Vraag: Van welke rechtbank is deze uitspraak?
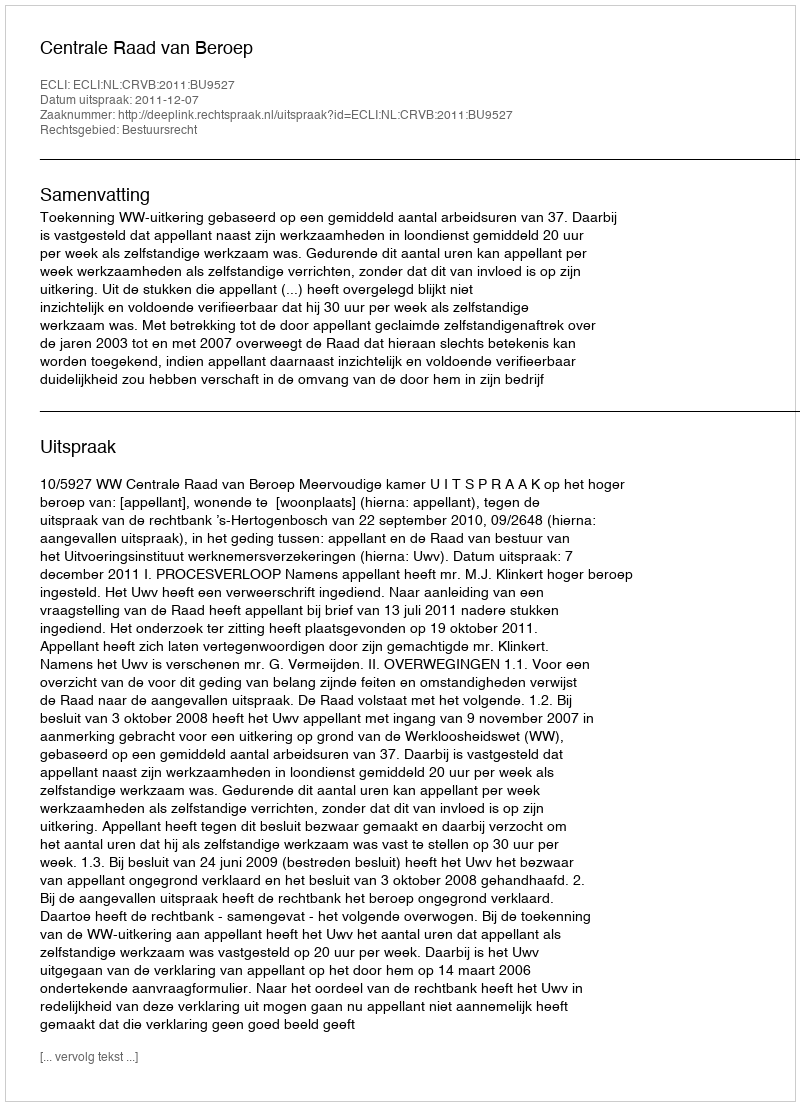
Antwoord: Centrale Raad van Beroep